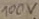
Text: 100V